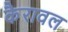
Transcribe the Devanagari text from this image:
कैरावल